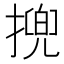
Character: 㨮